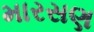
મારસણ